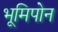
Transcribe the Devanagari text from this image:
भूमिपोन